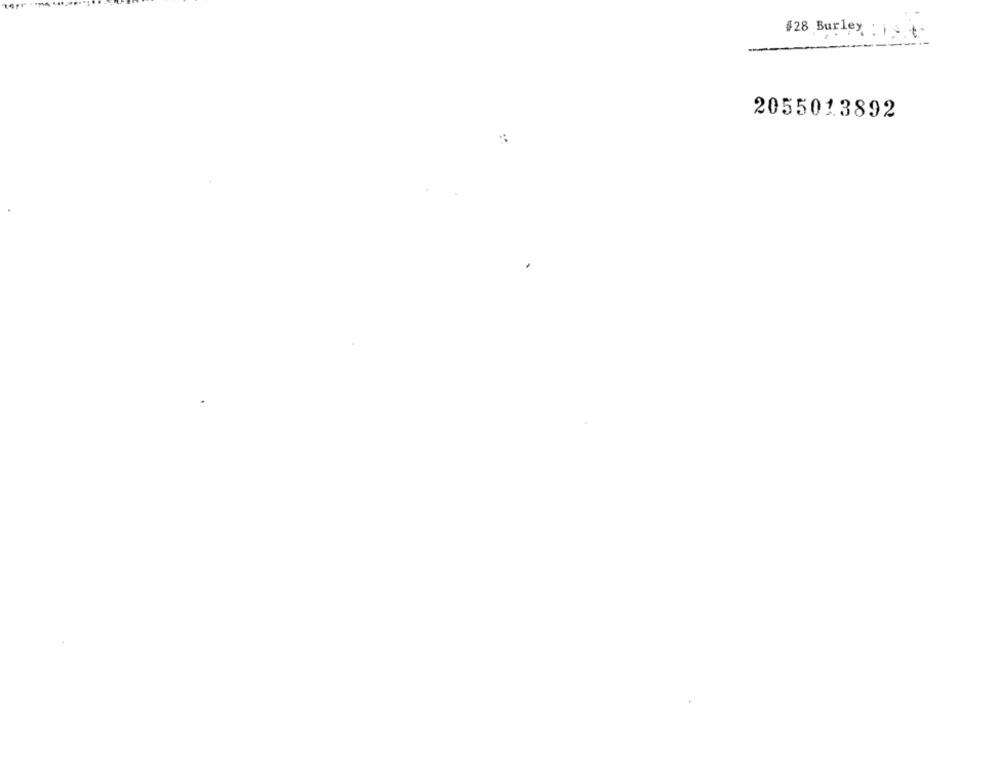
#28 Burley : is +"
2055013892